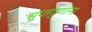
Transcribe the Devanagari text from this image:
सुप्तगुणांना